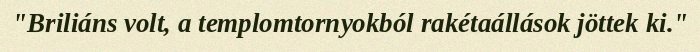
"Briliáns volt, a templomtornyokból rakétaállások jöttek ki."